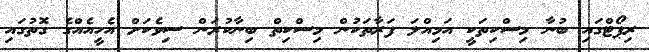
ރިޕޯޓްގައި ބުނާ މިސްކިތަކީ އަމިއްލަ ފަރާތަކުން މިސްކިތް ބިނާކުރަން ސިވެކަށް އެހީއެއްގެ ގޮތުގައި